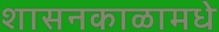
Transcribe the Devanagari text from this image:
शासनकाळामधे